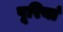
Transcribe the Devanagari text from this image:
पूरियां